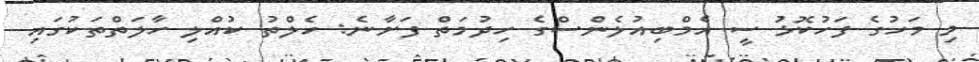
މި މަހުގެ ފަހުކޮޅު ސީ އެމްބިއުލެންސްގެ ހިދުމަތް ފަށާނެ: ހެލްތު ކުއްލި ހާލަތްތަކުގައި